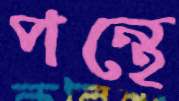
পন্থে